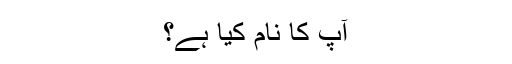
آپ کا نام کیا ہے؟